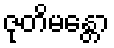
ဇုတိမန္တော